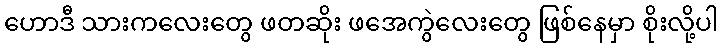
ဟောဒီ သားကလေးတွေ ဖတဆိုး ဖအေကွဲလေးတွေ ဖြစ်နေမှာ စိုးလို့ပါ